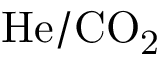
\mathrm { H e / C O _ { 2 } }